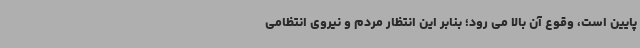
پایین است، وقوع آن بالا می رود؛ بنابر این انتظار مردم و نیروی انتظامی